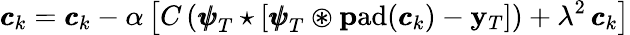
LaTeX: {\pmb{c}}_{k}={\pmb{c}}_{k}-\alpha\left[C\left({\pmb{\psi}}_{T}\star\left[{\pmb{\psi}}_{T}\circledast\mathrm{\mathbf pad}({\pmb{c}}_{k})-\mathbf y_{T}\right]\right)+\lambda^{2}\, {\pmb{c}}_{k}\right]